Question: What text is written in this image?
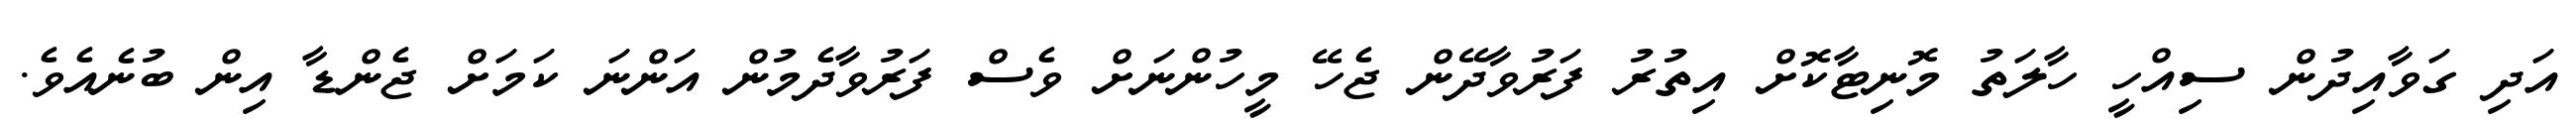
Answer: އަދި ގަވާއިދުން ސިއްހީ ހާލަތު މޮނިޓާކޮށް އިތުރު ފަރުވާދޭން ޖެހޭ މީހުންނަށް ވެސް ފަރުވާދެމުން އަންނަ ކަމަށް ޖެންޑާ އިން ބުނެއެވެ.